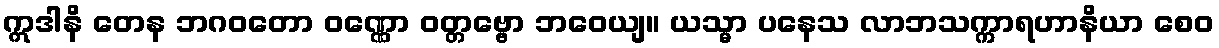
ဣဒါနိ တေန ဘဂဝတော ဝဏ္ဏော ဝတ္တဗ္ဗော ဘဝေယျ။ ယသ္မာ ပနေသ လာဘသက္ကာရဟာနိယာ စေဝ